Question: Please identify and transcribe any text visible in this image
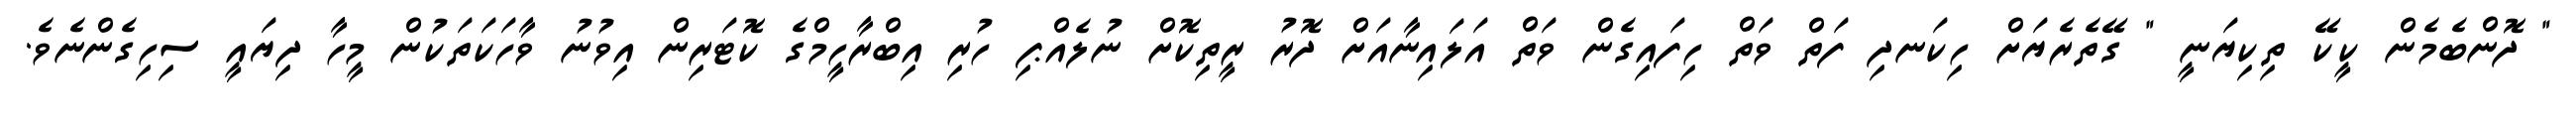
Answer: " ދޮންބެމެން ކީކޭ ތިކިޔަނީ " ގޭތެރެޔަށް ހިކަނދި ފަތް ވަތް ހިފައިގެން ވަތް އަލައިނާއަށް ދޮރު ރީތިކޮށް ނުލެއްޕި ހުރި އިބްރާހީމްގެ ކޮޓަރިން އިވުނު ވާހަކަތަކުން މީހާ ދިޔައީ ސިހިގެންނެވެ.